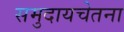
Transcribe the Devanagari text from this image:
समुदायचेतना